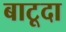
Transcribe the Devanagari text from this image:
बाटूदा